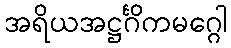
အရိယအဋ္ဌင်္ဂိကမဂ္ဂေါ